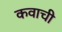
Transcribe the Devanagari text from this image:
कवाची